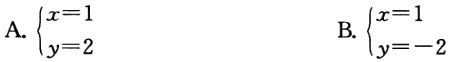
A. $\begin{cases}x = 1\\y = 2\end{cases}$  B. $\begin{cases}x = 1\\y = - 2\end{cases}$